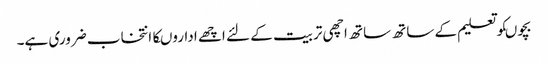
بچوںکوتعلیم کے ساتھ ساتھ اچھی تربیت کے لئے اچھے اداروںکاانتخاب ضروری ہے۔